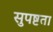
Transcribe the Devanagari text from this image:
सुपष्टता